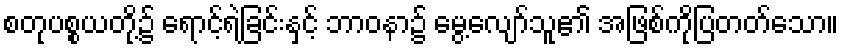
စတုပစ္စယတို့၌ ရောင့်ရဲခြင်းနှင့် ဘာဝနာ၌ မွေ့လျော်သူ၏ အဖြစ်ကိုပြတတ်သော။